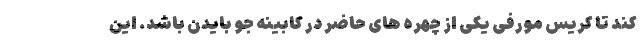
کند تا کریس مورفی یکی از چهره های حاضر در کابینه جو بایدن باشد. این